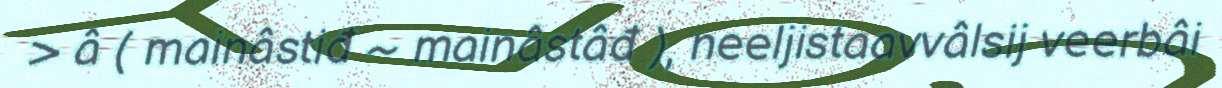
> â ( mainâstiđ ~ mainâstâđ ), neeljistaavvâlsij veerbâi